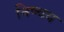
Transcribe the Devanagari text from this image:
निष्चय